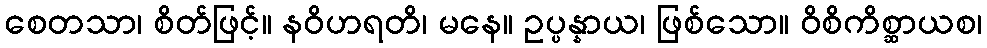
စေတသာ၊ စိတ်ဖြင့်။ နဝိဟရတိ၊ မနေ။ ဥပ္ပန္နာယ၊ ဖြစ်သော။ ဝိစိကိစ္ဆာယစ၊